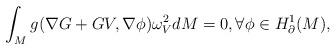
LaTeX: \begin{align*}\int_Mg(\nabla G+ GV, \nabla \phi)\omega_V^2dM=0, \forall \phi\in H^1_{\partial}(M),\end{align*}